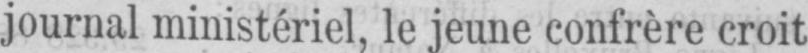
journal ministériel, le jeune confrère croit